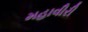
મહાવીરી